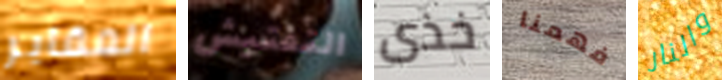
المقابر التفتيش خذى فهمنا والنار